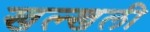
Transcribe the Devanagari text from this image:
खल्खली